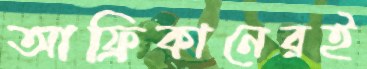
আফ্রিকানেরই